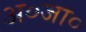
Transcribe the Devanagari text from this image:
अ०जा०